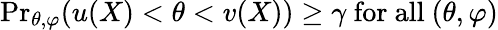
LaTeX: {\operatorname*{Pr}}_{\theta,\varphi}(u(X)<\theta<v(X))\geq\gamma{\mathrm{~for~all~}}(\theta,\varphi)